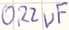
Text: 0,22µF